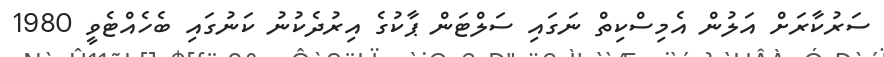
ސަރުކާރަށް އަލުން އެމިސްކިތް ނަގައި ސަލްޓަން ޕާކުގެ އިރުދެކުނު ކަނުގައި ބެހެއްޓެވީ 1980